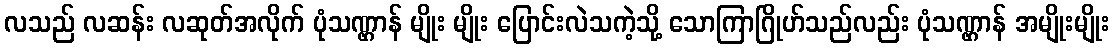
လသည် လဆန်း လဆုတ်အလိုက် ပုံသဏ္ဌာန် မျိုး မျိုး ပြောင်းလဲသကဲ့သို့ သောကြာဂြိုဟ်သည်လည်း ပုံသဏ္ဌာန် အမျိုးမျိုး